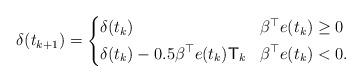
LaTeX: \begin{align*}\delta(t_{k+1})=\left\{\begin{aligned}&\delta(t_{k}) & & \beta^{\top}e(t_{k})\geq0 \\&\delta(t_{k})-0.5\beta^{\top}e(t_{k})\mathsf{T}_{k} & & \beta^{\top}e(t_{k})<0.\end{aligned}\right.\end{align*}